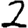
Digit: 2